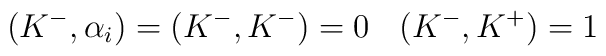
(K^{-}, \alpha_{i}) = (K^{-}, K^{-}) = 0 \:\:\:\:    (K^{-}, K^{+}) = 1